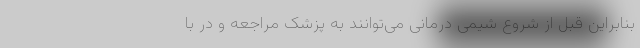
بنابراین قبل از شروع شیمی درمانی می‌توانند به پزشک مراجعه و در با